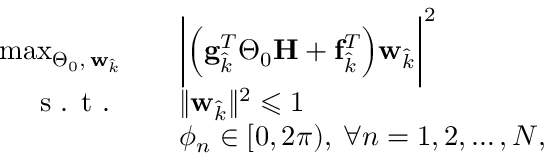
\begin{array} { r l } { \operatorname* { m a x } _ { \boldsymbol { \Theta } _ { 0 } , \: \mathbf { w } _ { \hat { k } } } \quad } & { \biggl | \Bigl ( \mathbf { g } _ { \hat { k } } ^ { T } \boldsymbol { \Theta } _ { 0 } \mathbf { H } + \mathbf { f } _ { \hat { k } } ^ { T } \Bigr ) \mathbf { w } _ { \hat { k } } \biggr | ^ { 2 } } \\ { \textrm { s . t . } \quad } & { \| \mathbf { w } _ { \hat { k } } \| ^ { 2 } \leqslant 1 } \\ { \quad } & { \phi _ { n } \in [ 0 , 2 \pi ) , \: \forall n = 1 , 2 , \ldots , N , } \end{array}